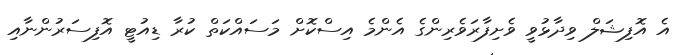
އެ އޮފިޝަލް ވިދާޅުވީ ވެށިފާރަވެރިންގެ އެންމެ އިސްކޮށް މަސައްކަތް ކުރާ ޑިއުޓީ އޮފިސަރުންނާއި